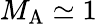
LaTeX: M_{\mathrm{A}}\simeq 1